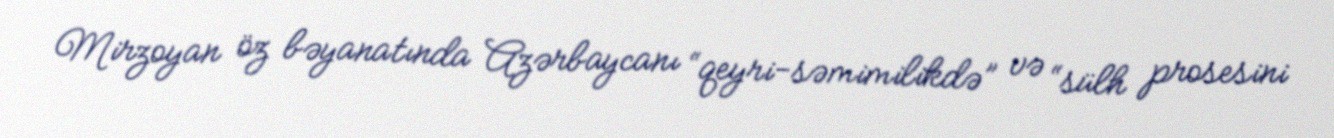
Mirzoyan öz bəyanatında Azərbaycanı “qeyri-səmimilikdə” və “sülh prosesini